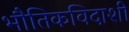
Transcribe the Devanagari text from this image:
भौतिकविदाशी